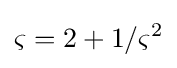
\varsigma =2+1/\varsigma ^{2}